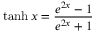
\operatorname { t a n h } x = { \frac { e ^ { 2 x } - 1 } { e ^ { 2 x } + 1 } }